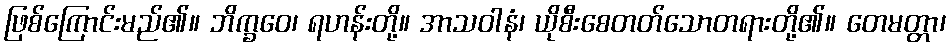
ဖြစ်ကြောင်းမည်၏။ ဘိက္ခဝေ၊ ရဟန်းတို့။ အာသဝါနံ၊ ယိုစီးစေတတ်သောတရားတို့၏။ တေမတ္တာ၊